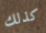
كذلك